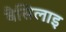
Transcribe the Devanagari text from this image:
बैसिलाइ